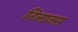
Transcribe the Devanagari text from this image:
तिलानस